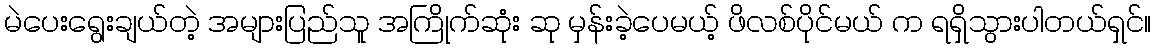
မဲပေးရွေးချယ်တဲ့ အများပြည်သူ အကြိုက်ဆုံး ဆု မှန်းခဲ့ပေမယ့် ဖိလစ်ပိုင်မယ် က ရရှိသွားပါတယ်ရှင်။